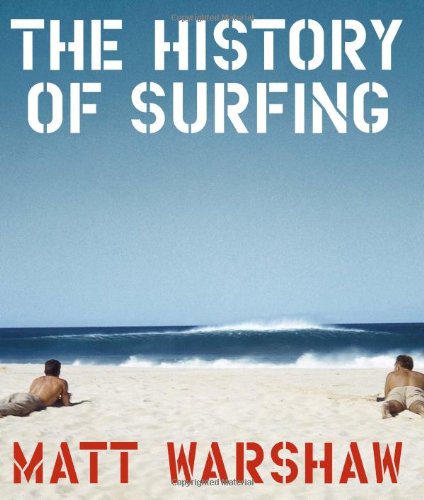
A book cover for The History of Surfing; Matt Warshaw; History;